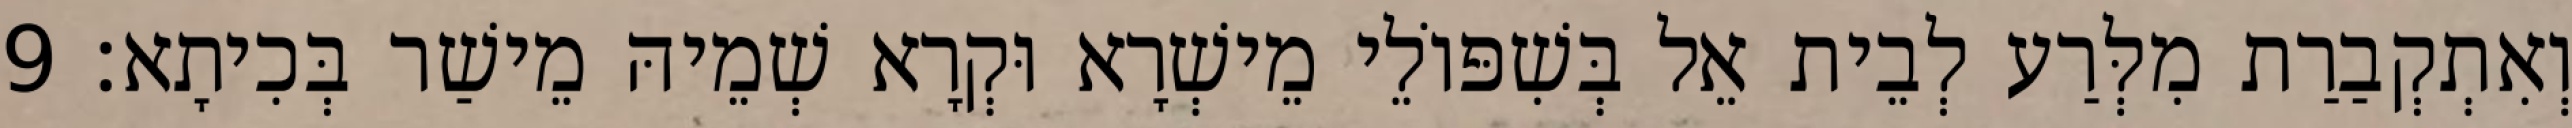
וְאִתְקְבַרַת מִלְּרַע לְבֵית אֵל בְּשִׁפּוֹלֵי מֵישְׁרָא וּקְרָא שְׁמֵיהּ מֵישַׁר בְּכִיתָא׃ 9